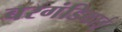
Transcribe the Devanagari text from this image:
बरगंडियाई